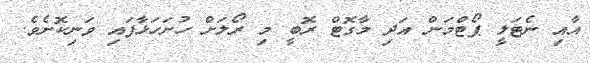
އާއި ނެޓަލީ ޕޯޓްމަން އަދި މާގޮޓް ރޮބީ މި ރޯލަށް ހުށަހަޅާފައި ވަނިކޮށެވެ.